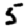
Digit: 5